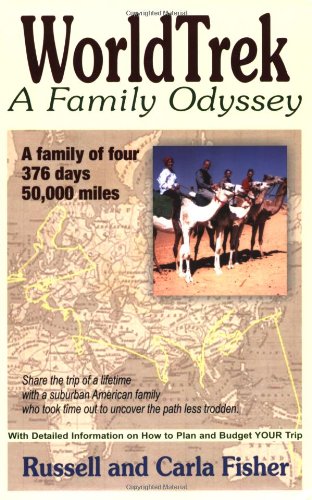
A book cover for WorldTrek: A Family Odyssey; Russell Fisher; Travel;